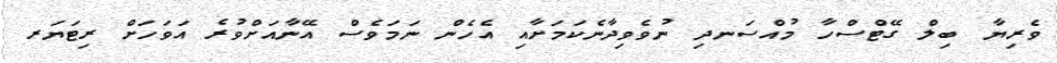
ވެރިޔާ ބިލް ގޭޓްސްހާ މުއްސަނދި ނުވެވިދާނެކަަމަށާއި އެހެން ނަމަވެސް އޭނާއަށްވުރެ އަވަހަށް ރިޓަޔަރ